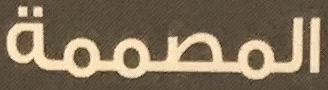
المصممة